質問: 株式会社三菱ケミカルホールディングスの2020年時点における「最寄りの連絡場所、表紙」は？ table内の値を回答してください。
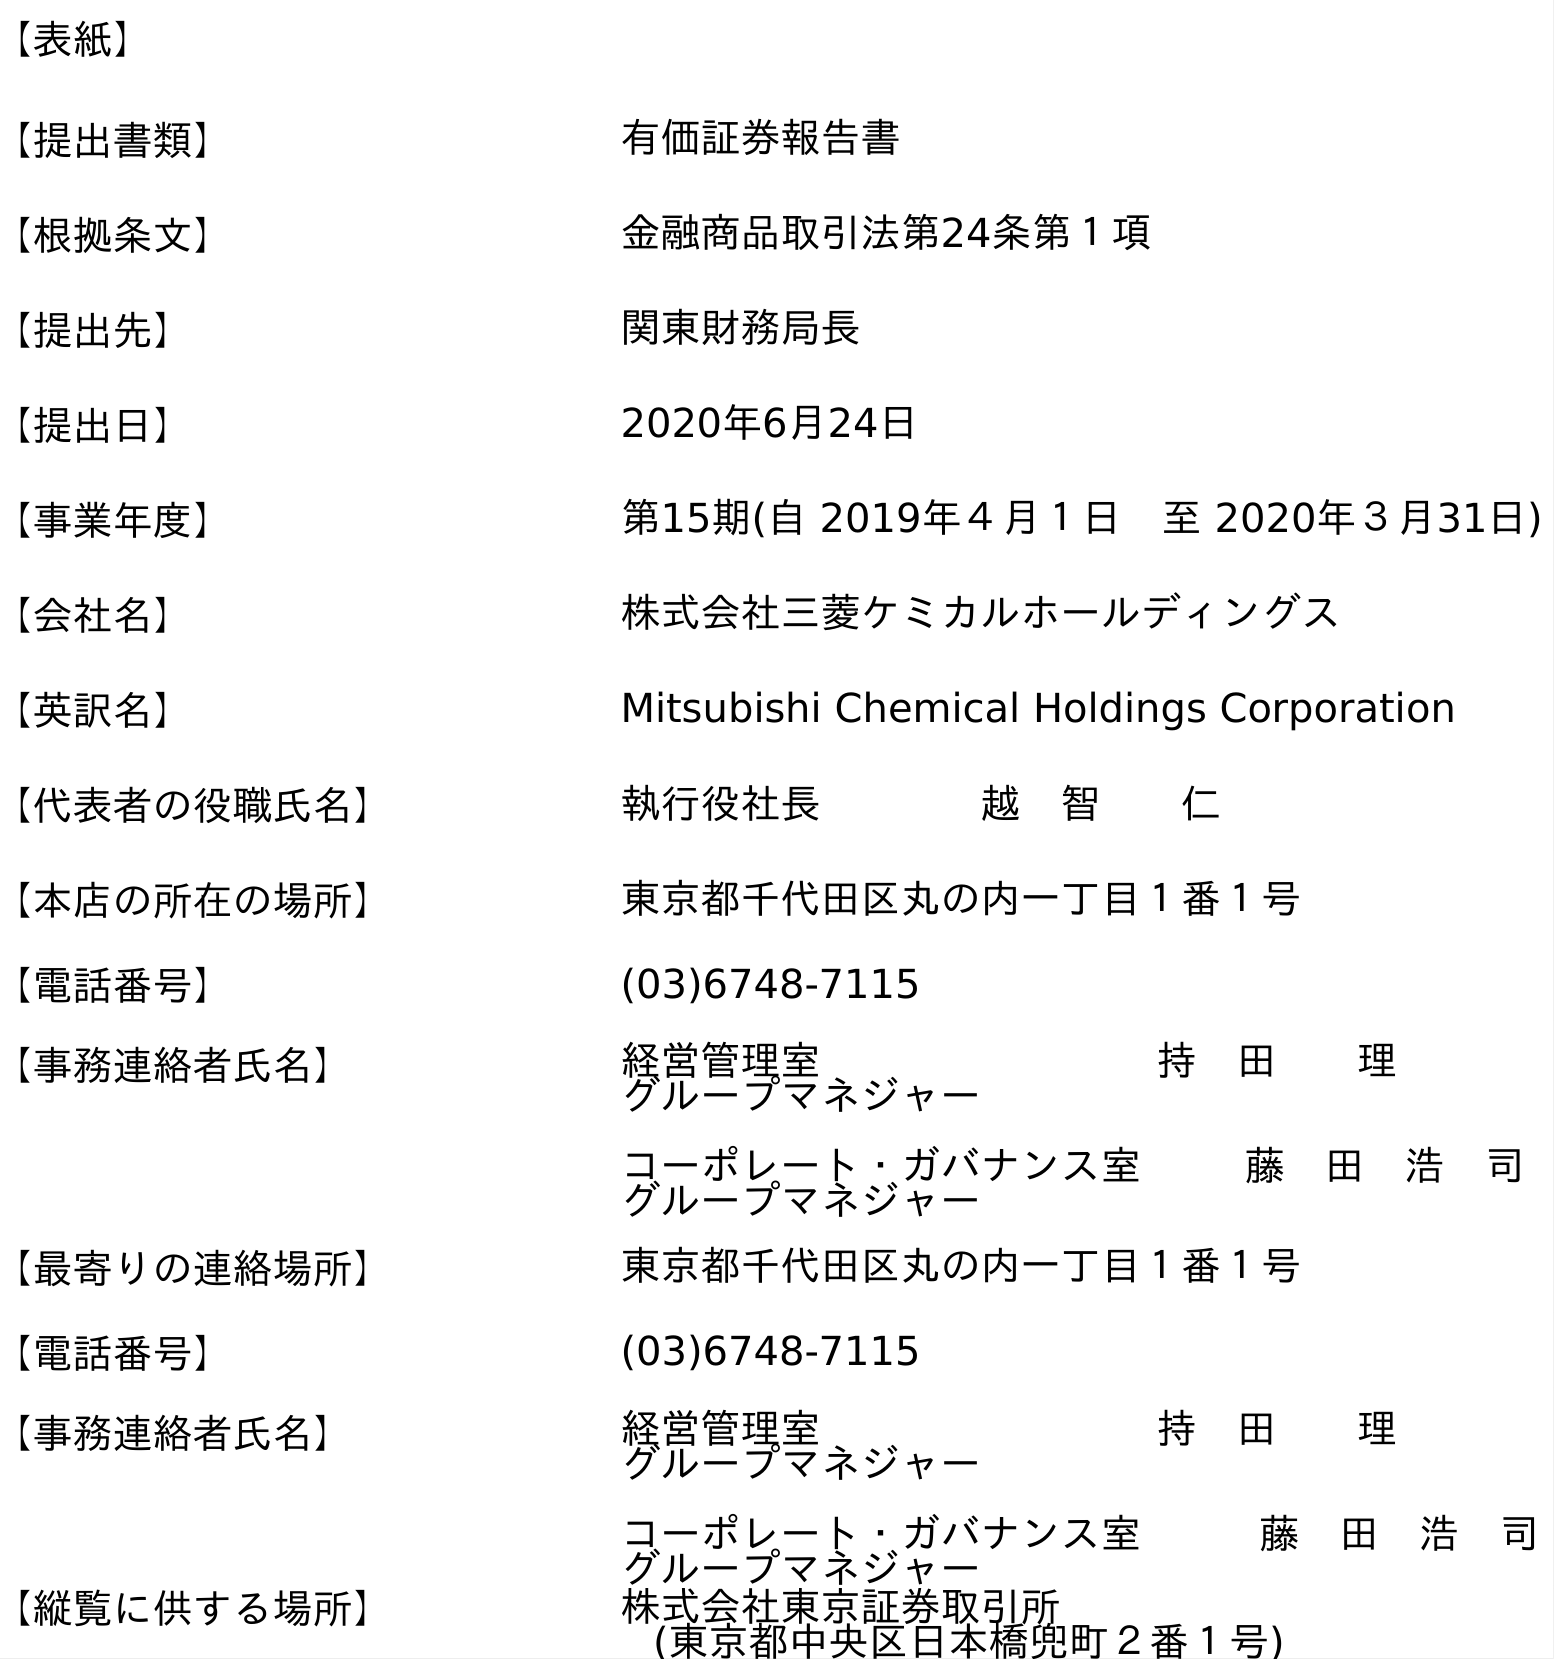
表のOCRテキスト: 【表紙】 【提出書類】 有価証券報告書 【根拠条文】 金融商品取引法第24条第１項 【提出先】 関東財務局長 【提出日】 2020年6月24日 【事業年度】 第15期(自 2019年４月１日 至 2020年３月31日) 【会社名】 株式会社三菱ケミカルホールディングス 【英訳名】 Mitsubishi Chemical Holdings Corporation 【代表者の役職氏名】 執行役社長    越 智  仁 【本店の所在の場所】 東京都千代田区丸の内一丁目１番１号 【電話番号】 (03)6748-7115 【事務連絡者氏名】 経営管理室    持 田  理 グループマネジャー コーポレート・ガバナンス室  藤 田 浩 司 グループマネジャー 【最寄りの連絡場所】 東京都千代田区丸の内一丁目１番１号 【電話番号】 (03)6748-7115 【事務連絡者氏名】 経営管理室    持 田  理 グループマネジャー コーポレート・ガバナンス室   藤 田 浩 司 グループマネジャー 【縦覧に供する場所】 株式会社東京証券取引所 (東京都中央区日本橋兜町２番１号)
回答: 東京都千代田区丸の内一丁目１番１号